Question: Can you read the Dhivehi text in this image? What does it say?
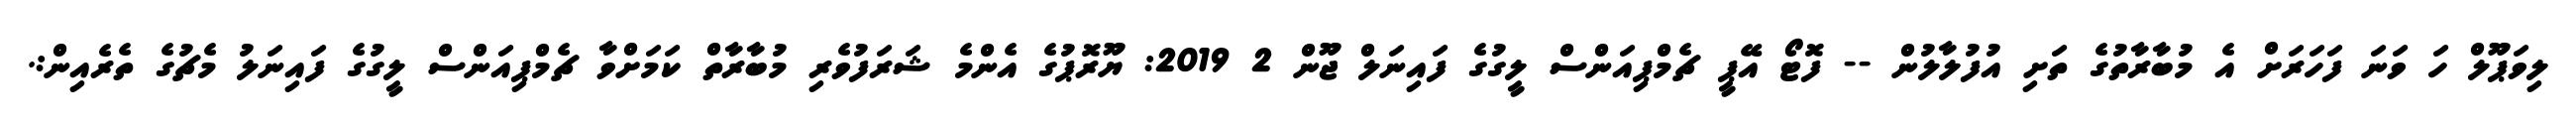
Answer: ލިވަޕޫލް ހަ ވަނަ ފަހަރަށް އެ މުބާރާތުގެ ތަށި އުފުލާލުން -- ފޮޓޯ އޭޕީ ޗެމްޕިއަންސް ލީގުގެ ފައިނަލް ޖޫން 2 2019: ޔޫރޮޕުގެ އެންމެ ޝަރަފުވެރި މުބާރާތް ކަމަށްވާ ޗެމްޕިއަންސް ލީގުގެ ފައިނަލު މެޗުގެ ތެރެއިން:.